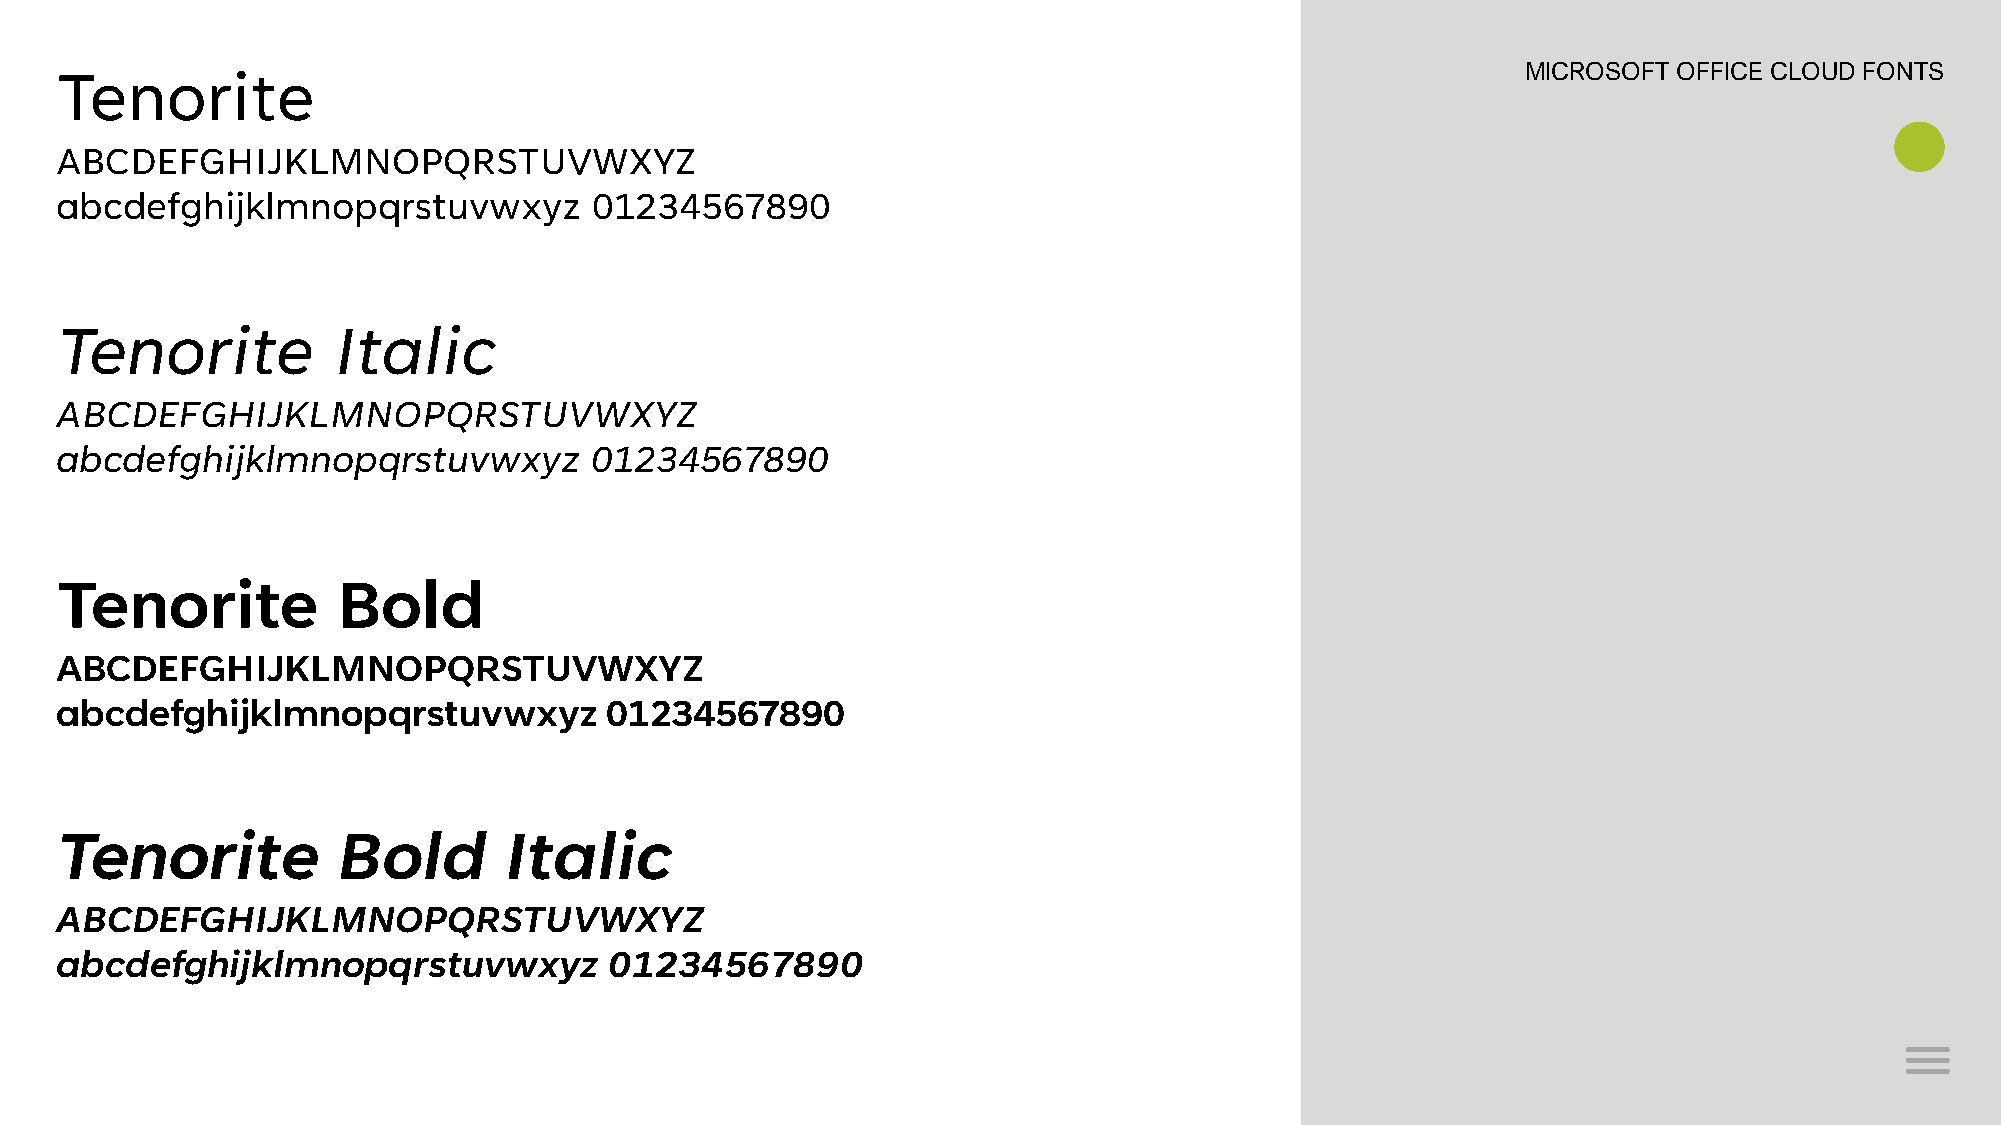
Tenorite                                                                                         MICROSOFT OFFICE CLOUD FONTS
 ABCDEFGHIJKLMNOPQRSTUVWXYZ
 abcdefghijklmnopqrstuvwxyz         01234567890
 Tenorite          Italic
 ABCDEFGHIJKLMNOPQRSTUVWXYZ
 abcdefghijklmnopqrstuvwxyz         01234567890
 Tenorite          Bold
 ABCDEFGHIJKLMNOPQRSTUVWXYZ
 abcdefghijklmnopqrstuvwxyz          01234567890
 Tenorite          Bold       Italic
 ABCDEFGHIJKLMNOPQRSTUVWXYZ
 abcdefghijklmnopqrstuvwxyz          01234567890